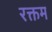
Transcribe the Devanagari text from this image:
रक्तम